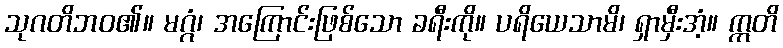
သုဂတိဘဝ၏။ မဂ္ဂံ၊ အကြောင်းဖြစ်သော ခရီးကို။ ပရိယေသာမိ၊ ရှာမှီးအံ့။ ဣတိ